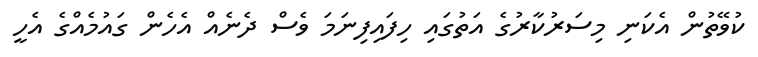
ކުވޭތުން އެކަނި މިސަރުކާރުގެ އަތުގައި ހިފައިފިނަމަ ވެސް ދެނެއް އެހެން ގައުމެއްގެ އެހީ